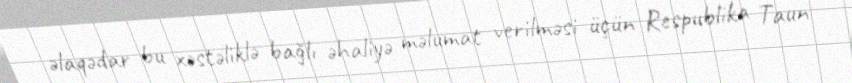
əlaqədar bu xəstəliklə bağlı əhaliyə məlumat verilməsi üçün Respublika Taun